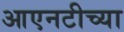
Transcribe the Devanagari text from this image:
आएनटीच्या